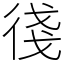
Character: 㣤